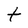
Character: t